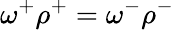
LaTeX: \omega^{+}\rho^{+}=\omega^{-}\rho^{-}